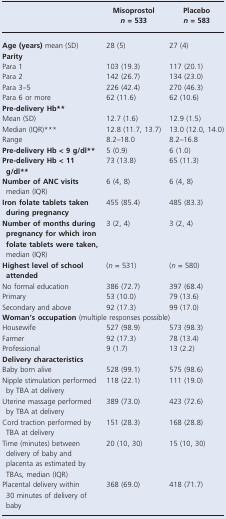
<table><thead><tr><td></td><td><b>Misoprostol <i>n</i> = 533</b></td><td><b>Placebo <i>n</i> = 583</b></td></tr></thead><tbody><tr><td><b>Age (years)</b> mean (SD)</td><td>28 (5)</td><td>27 (4)</td></tr><tr><td colspan="3"><b>Parity</b></td></tr><tr><td>Para 1</td><td>103 (19.3)</td><td>117 (20.1)</td></tr><tr><td>Para 2</td><td>142 (26.7)</td><td>134 (23.0)</td></tr><tr><td>Para 3–5</td><td>226 (42.4)</td><td>270 (46.3)</td></tr><tr><td>Para 6 or more</td><td>62 (11.6)</td><td>62 (10.6)</td></tr><tr><td colspan="3"><b>Pre-delivery Hb**</b></td></tr><tr><td>Mean (SD)</td><td>12.7 (1.6)</td><td>12.9 (1.5)</td></tr><tr><td>Median (IQR)***</td><td>12.8 (11.7, 13.7)</td><td>13.0 (12.0, 14.0)</td></tr><tr><td>Range</td><td>8.2–18.0</td><td>8.2–16.8</td></tr><tr><td><b>Pre-delivery Hb &lt; 9 g/dl**</b></td><td>5 (0.9)</td><td>6 (1.0)</td></tr><tr><td><b>Pre-delivery Hb &lt; 11 g/dl**</b></td><td>73 (13.8)</td><td>65 (11.3)</td></tr><tr><td><b>Number of ANC visits</b> median (IQR)</td><td>6 (4, 8)</td><td>6 (4, 8)</td></tr><tr><td><b>Iron folate tablets taken during pregnancy</b></td><td>455 (85.4)</td><td>485 (83.3)</td></tr><tr><td><b>Number of months during pregnancy for which iron folate tablets were taken,</b> median (IQR)</td><td>3 (2, 4)</td><td>3 (2, 4)</td></tr><tr><td><b>Highest level of school attended</b></td><td>(<i>n</i> = 531)</td><td>(<i>n</i> = 580)</td></tr><tr><td>No formal education</td><td>386 (72.7)</td><td>397 (68.4)</td></tr><tr><td>Primary</td><td>53 (10.0)</td><td>79 (13.6)</td></tr><tr><td>Secondary and above</td><td>92 (17.3)</td><td>99 (17.0)</td></tr><tr><td colspan="3"><b>Woman’s occupation</b> (multiple responses possible)</td></tr><tr><td>Housewife</td><td>527 (98.9)</td><td>573 (98.3)</td></tr><tr><td>Farmer</td><td>92 (17.3)</td><td>78 (13.4)</td></tr><tr><td>Professional</td><td>9 (1.7)</td><td>13 (2.2)</td></tr><tr><td colspan="3"><b>Delivery characteristics</b></td></tr><tr><td>Baby born alive</td><td>528 (99.1)</td><td>575 (98.6)</td></tr><tr><td>Nipple stimulation performed by TBA at delivery</td><td>118 (22.1)</td><td>111 (19.0)</td></tr><tr><td>Uterine massage performed by TBA at delivery</td><td>389 (73.0)</td><td>423 (72.6)</td></tr><tr><td>Cord traction performed by TBA at delivery</td><td>151 (28.3)</td><td>168 (28.8)</td></tr><tr><td>Time (minutes) between delivery of baby and placenta as estimated by TBAs, median (IQR)</td><td>20 (10, 30)</td><td>15 (10, 30)</td></tr><tr><td>Placental delivery within 30 minutes of delivery of baby</td><td>368 (69.0)</td><td>418 (71.7)</td></tr></tbody></table>